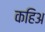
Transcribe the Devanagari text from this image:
कहिअ